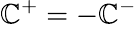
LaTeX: {\cal\mathbb{C}}_{}^{\mathrm{{{+}}}}=-{\cal\mathbb{C}}_{}^{-}